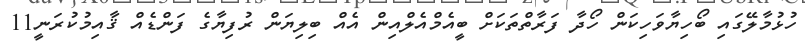
ހުޅުމާލޭގައި ބޯހިޔާވަހިކަން ހޯދާ ފަރާތްތަކަށް ބީއެމްއެލްއިން އެއް ބިލިޔަން ރުފިޔާގެ ފަންޑެއް ޤާއިމުކުރަނީ11